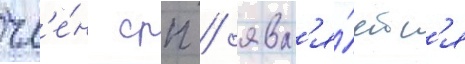
чл'е́н срп / явл'я́етс'я